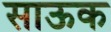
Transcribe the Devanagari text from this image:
साऊक